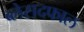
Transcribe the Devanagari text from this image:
ब्लेसदफाल